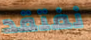
نفتقد